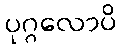
ပုဂ္ဂလောပိ